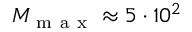
M _ { \mathrm { ~ m ~ a ~ x ~ } } \approx 5 \cdot 1 0 ^ { 2 }